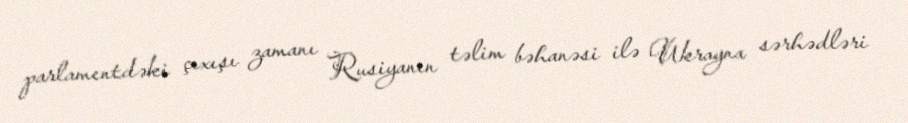
parlamentdəki çıxışı zamanı Rusiyanın təlim bəhanəsi ilə Ukrayna sərhədləri